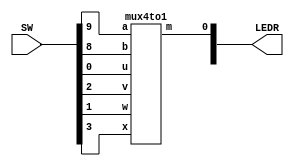
//SW[4:0] data inputs
//SW[9] select signal 1
//SW[8] select signal 0

//LEDR[0] output display

module mux(LEDR, SW);
	input [9:0] SW;
	output [9:0] LEDR;
	
	mux4to1 u(
		.u(SW[0]),
		.v(SW[2]),
		.w(SW[1]),
		.x(SW[3]),
		.a(SW[9]),
		.b(SW[8]),
		.m(LEDR[0])
		);
endmodule

module mux4to1(u, v, w, x, a, b, m);
    input u; // selected when a and b are 0
	 input v; // selected when a is 0 and b is 1
	 input w; // selected when a is 1 and b is 0
	 input x; // selected when a and b are 1
	 input a; // select signal 1
	 input b; // select signal 2
	 output m; //output
	 
	 wire c1;
	 wire c2;

    mux2to1 u0(
        .x(u),
        .y(w),
        .s(a),
        .m(c1)
        );
		  
	mux2to1 u1(
		  .x(v),
		  .y(x),
		  .s(a),
		  .m(c2)
		  );
		  
	mux2to1 u2(
		  .x(c1),
		  .y(c2),
		  .s(b),
		  .m(m)
		  );
endmodule

module mux2to1(x, y, s, m);
    input x; //selected when s is 0
    input y; //selected when s is 1
    input s; //select signal
    output m; //output
  
    assign m = s & y | ~s & x;
    // OR
    // assign m = s ? y : x;

endmodule